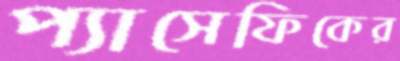
প্যাসেফিকের